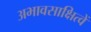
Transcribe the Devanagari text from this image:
अभावसाक्षित्वें